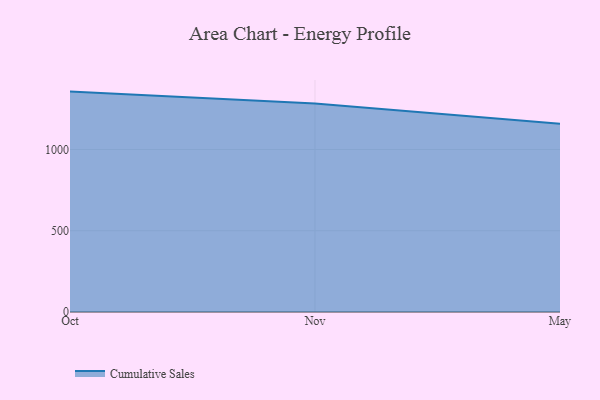
{"axis": {"x": "Month", "y": "Bounce Rate (%)"}, "legend": ["Cumulative Sales"], "data": [{"x": "Oct", "y": 1356.5, "type": "Cumulative Sales"}, {"x": "Nov", "y": 1283.6, "type": "Cumulative Sales"}, {"x": "May", "y": 1158.0, "type": "Cumulative Sales"}]}